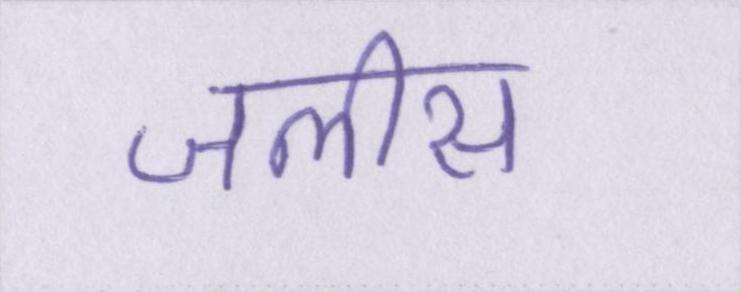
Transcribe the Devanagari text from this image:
जलीस